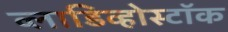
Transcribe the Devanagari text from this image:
व्लाडिव्होस्टॉक